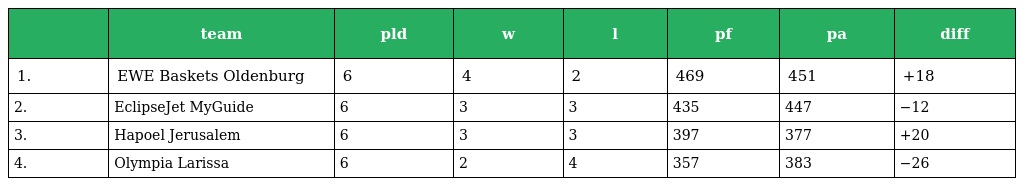
|  | team | pld | w | l | pf | pa | diff |
 | --- | --- | --- | --- | --- | --- | --- | --- |
 | 1. | EWE Baskets Oldenburg | 6 | 4 | 2 | 469 | 451 | +18 |
 | 2. | EclipseJet MyGuide | 6 | 3 | 3 | 435 | 447 | −12 |
 | 3. | Hapoel Jerusalem | 6 | 3 | 3 | 397 | 377 | +20 |
 | 4. | Olympia Larissa | 6 | 2 | 4 | 357 | 383 | −26 |